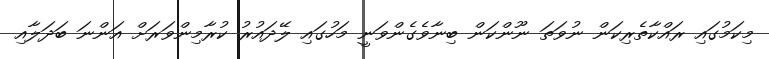
މިކަމުގައި ރައްކާތެރިކަން ނުވަތަ ނޫންކަން ބިނާވެގެންވަނީ މަހުގައި ލޭދައުރު ކުރާމިންވަރަށް އަންނަ ބަދަލާއި